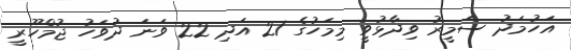
އަހުމަދު ސަމީރު ވިދާޅުވީ މިމަހުގެ 21 އަދި 22 ވަނަ ދުވަހު ޖުމްހޫރީ